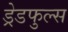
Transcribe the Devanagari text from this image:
ड्रेडफुल्स